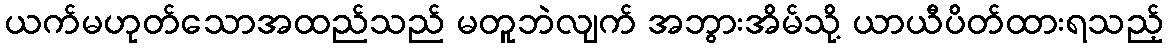
ယက်မဟုတ်သောအထည်သည် မတူဘဲလျက် အဘွားအိမ်သို့ ယာယီပိတ်ထားရသည့်